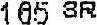
165 SR